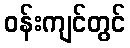
ဝန်းကျင်တွင်